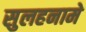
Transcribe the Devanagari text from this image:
सुलहनामे